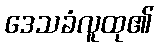
ဒေသခံလူထု၏